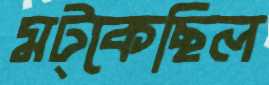
মট্‌কেছিল